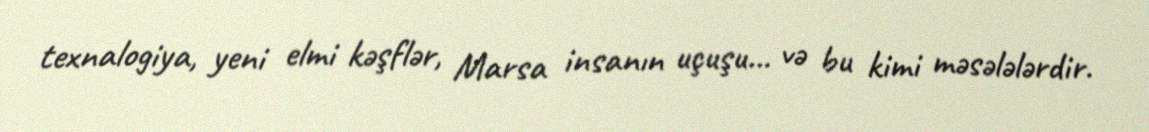
texnalogiya, yeni elmi kəşflər, Marsa insanın uçuşu... və bu kimi məsələlərdir.